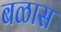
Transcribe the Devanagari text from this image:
बळास